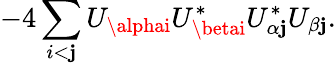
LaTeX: -4\sum_{i<\mathbf{j}}U_{\alphai}U_{\betai}^{*}U_{\alpha\mathbf{j}}^{*}U_{\beta\mathbf{j}}.